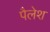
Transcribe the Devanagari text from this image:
पैलेश